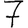
Digit: 7